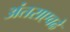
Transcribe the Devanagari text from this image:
अंतराएवढे